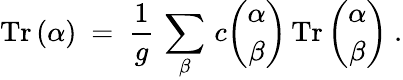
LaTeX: \mathrm{Tr}\, (\alpha)~=~{\frac{1}{g}}\, \sum_{\beta}\, c{\binom{\alpha}{\beta}}\, \mathrm{Tr}\, {\binom{\alpha}{\beta}}~.